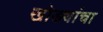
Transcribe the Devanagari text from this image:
खोड्यांचा